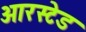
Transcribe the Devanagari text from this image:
आरस्टेड